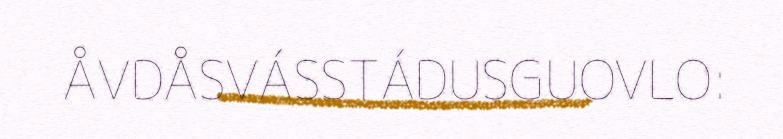
ÅVDÅSVÁSSTÁDUSGUOVLO: